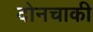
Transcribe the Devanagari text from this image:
दोनचाकी